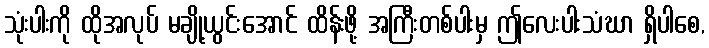
သုံးပါးကို ထိုအလုပ် မချို့ယွင်းအောင် ထိန်းဖို့ အကြီးတစ်ပါးမှ ဤလေးပါးသံဃာ ရှိပါစေ,